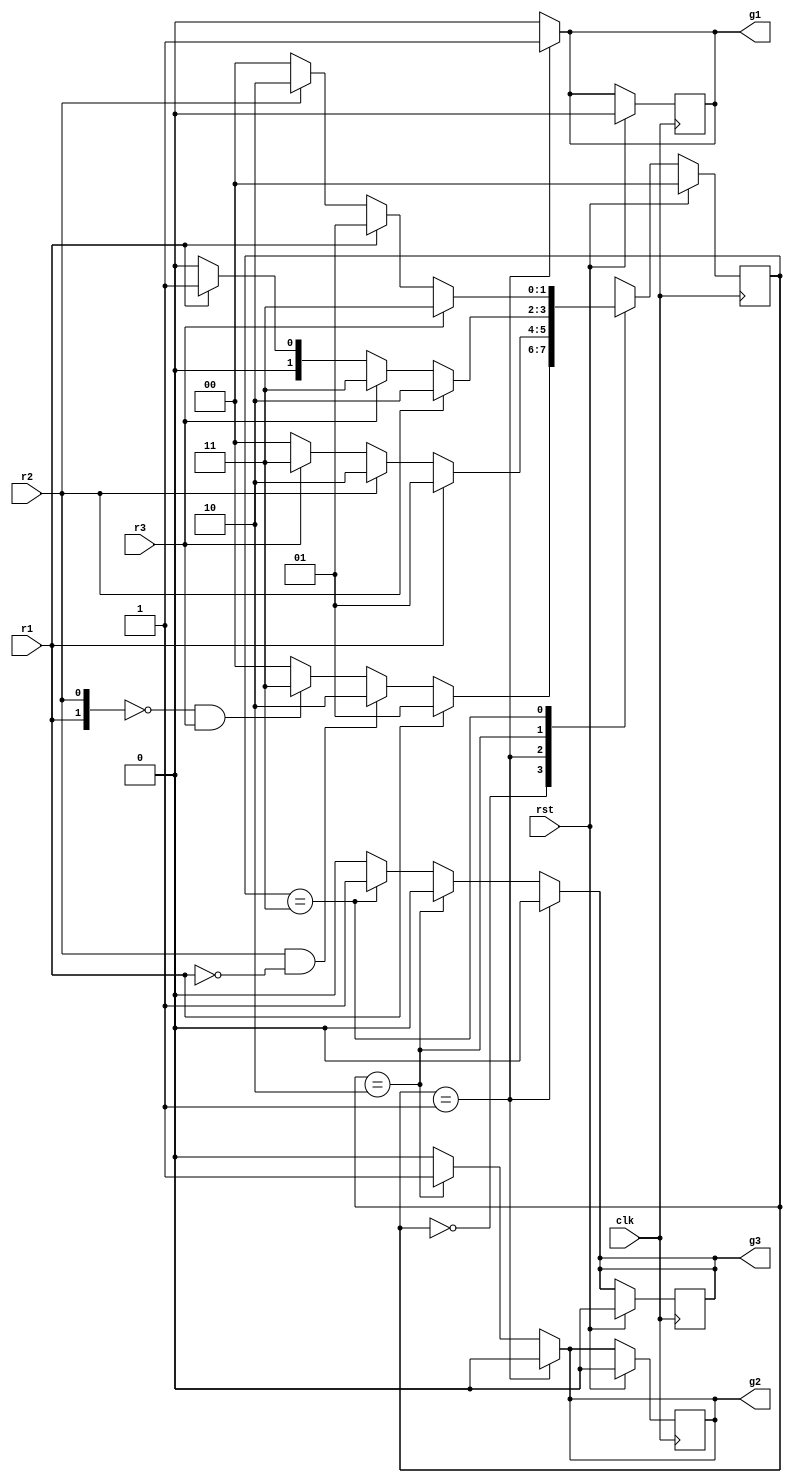
module arbiter_b (clk,rst,r1,r2,r3,g1,g2,g3);
input clk,rst;
input r1,r2,r3;
output reg g1,g2,g3;
reg [1:0]state;
parameter a = 2'b00, b = 2'b01, c = 2'b10, d = 2'b11; // a = idle b = device 1 is using.

always @(posedge clk)
begin
	if(rst)
	begin
		{g1,g2,g3} <= 3'b000;
		state <= a;
	end
	else
	begin
		case (state)
			a: begin
				if (r1 == 1'b1)
				       state <= b;
				else if (r2 == 1'b1 && r1 == 1'b0)
					state <= c;
				else if ({r1,r2} == 2'b00 && r3 == 1'b1)
					state <= d;
				else
					state <= a;
			end
			b: state <= r1 ? b : r2 ? c : r3 ? d : a;
			c: state <= r2 ? c : r3 ? d : r1 ? b : a;
			d: state <= r3 ? d : r1 ? b : r2 ? c : a;
			default: state <= a;
		endcase
	end
end

always @(state)
begin
	if(state == b)
		{g1,g2,g3} = 3'b100;
	else if(state == c)
		{g1,g2,g3} = 3'b010;
	else if(state == d)
		{g1,g2,g3} = 3'b001;
	else
		{g1,g2,g3} = 3'b000;
end

endmodule